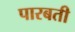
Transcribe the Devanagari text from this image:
पारबती